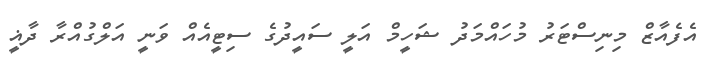
އެފެއާޒް މިނިސްޓަރު މުހައްމަދު ޝަހީމް އަލީ ސައީދުގެ ސިޓީއެއް ވަނީ އަލްގުއްރާ ދާޣީ